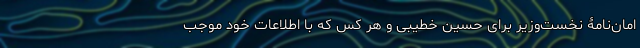
امان‌نامۀ نخست‌وزیر برای حسین خطیبی و هر کس که با اطلاعات خود موجب